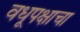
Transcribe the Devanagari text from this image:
वधूपक्षाचा